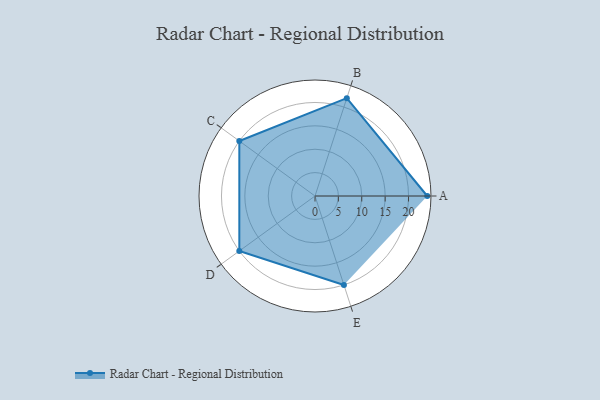
{"axis": {"x": "Skill", "y": "Score"}, "legend": ["Profile"], "data": [{"x": "A", "y": 24.0, "type": "Profile"}, {"x": "B", "y": 22.0, "type": "Profile"}, {"x": "C", "y": 20.0, "type": "Profile"}, {"x": "D", "y": 20, "type": "Profile"}, {"x": "E", "y": 20, "type": "Profile"}]}